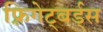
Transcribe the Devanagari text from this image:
फ़्रिगेट्बर्ड्स